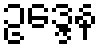
ဥဒ္ဒေန